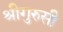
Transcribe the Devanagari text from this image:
श्रीगुरुसी